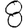
Digit: 8